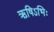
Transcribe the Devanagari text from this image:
ऋषिऽभिः